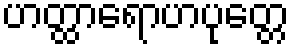
ဟတ္ထာရောဟပုတ္တေ